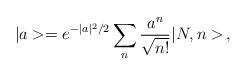
LaTeX: \begin{align*}|a> = e^{-|a|^2/2}\sum_n \frac{a^n}{\sqrt{n!}}|N,n> \, ,\end{align*}